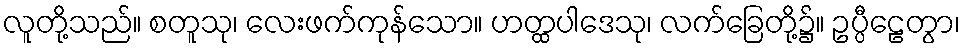
လူတို့သည်။ စတူသု၊ လေးဖက်ကုန်သော။ ဟတ္ထပါဒေသု၊ လက်ခြေတို့၌။ ဥပ္ပီဠေတွာ၊